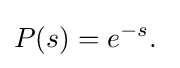
P(s)=e^{-s}.\